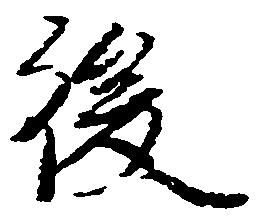
後